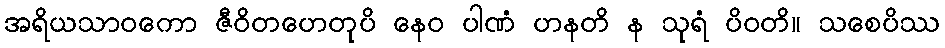
အရိယသာဝကော ဇီဝိတဟေတုပိ နေဝ ပါဏံ ဟနတိ န သုရံ ပိဝတိ။ သစေပိဿ